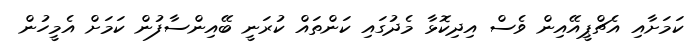
ކަމަށާއި އެޗްޕީއޭއިން ވެސް އިދިކޮޅާ މެދުގައި ކަންތައް ކުރަނީ ބޭއިންސާފުން ކަމަށް އެމީހުން